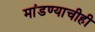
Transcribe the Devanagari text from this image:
मांडण्याचीही